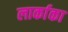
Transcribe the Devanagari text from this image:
लार्काका